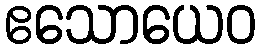
ဧသောယေဝ